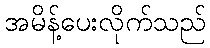
အမိန့်ပေးလိုက်သည်